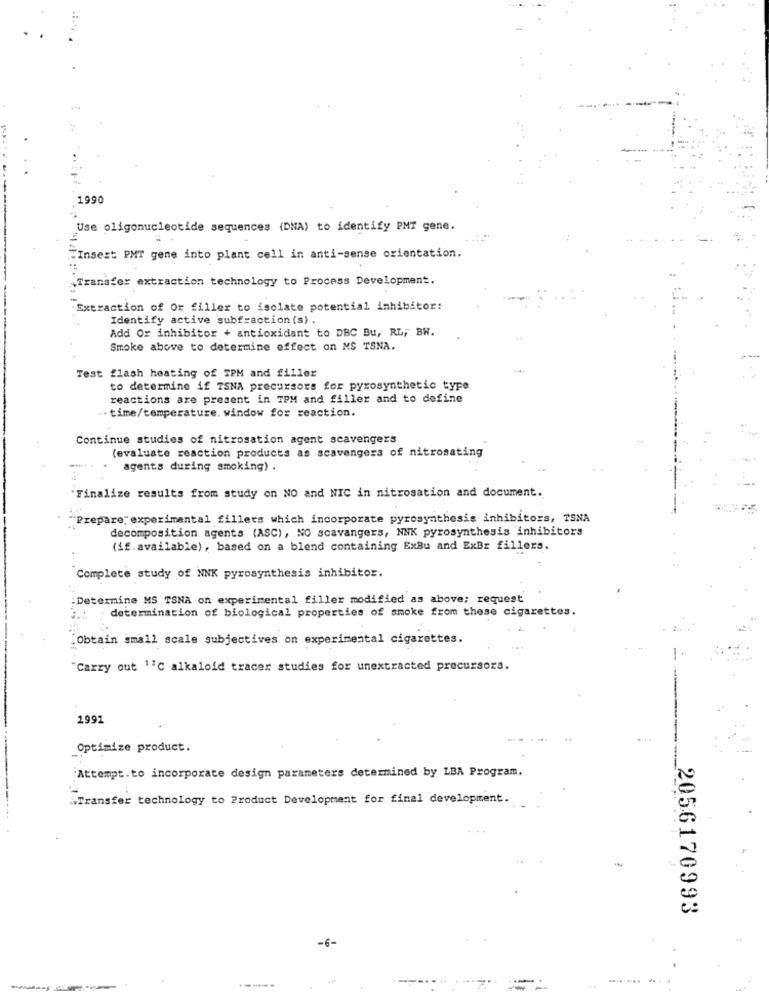
1990
Use oligonucleotide sequences (DNA) to identify PMT gene.
"Insest PMT gene into plant cell in anti-sense orientation.
"Transfer extraction technology to Process Development.
Extraction of Or filler to isolate potential inhibitor:
Identify active subfraction (s) .
Add Or inhibitor + antioxidant to DBC Bu, RL; BW.
Smoke above to determine effect on MS TSNA.
Test flash heating of TPM and filler
to determine if TSNA precursors for pyrosynthetic type
reactions are present in TPM and filler and to define
. time/temperature. window for reaction.
Continue studies of nitrosation agent scavengers
(evaluate reaction products as scavengers of nitrosating
agents during smoking) .
Finalize results from study on NO and NIC in nitrosation and document.
"Prepare experimental fillers which incorporate pyrosynthesis inhibitors, TSNA
decomposition agents (ASC), NO scavangers, NNK pyrosynthesis inhibitors
(if.available), based on a blend containing ExBu and ExBr fillers.
Complete study of NNK pyrosynthesis inhibitor.
Determine MS TSNA on experimental filler modified as above; request
determination of biological properties of smoke from these cigarettes.
.Obtain small scale subjectives on experimental cigarettes.
"Carry out ''C alkaloid tracer studies for unextracted precursors.
1991
Optimize product.
"Attempt.to incorporate design parameters determined by LBA Program.
Transfer technology to Product Development for final development.
-
2056170993
-6-
.........
...